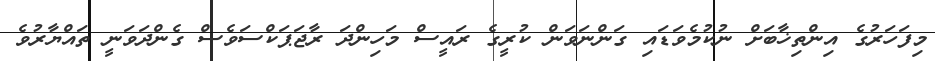
މިފަހަރުގެ އިންތިޚާބަށް ނުކުމެވަޑައި ގަންނަވަން ކުރީގެ ރައީސް މަހިންދަ ރާޖަޕަކްސަވެސް ގެންދަވަނީ ތައްޔާރުވެ